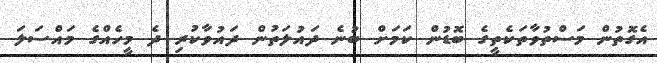
އެގޮތުން މަސްތުވާތަކެތީގެ ބޮޑުން ކަމަށް ބުނެ ދައުލަތުން ދައުވާކުރި ދެ މީހެއްގެ މައްސަލަ